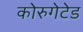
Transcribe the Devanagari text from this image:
कोरुगेटेड